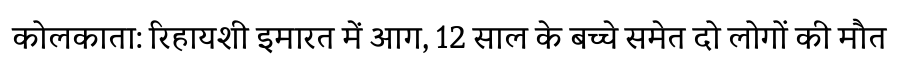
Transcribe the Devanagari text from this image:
कोलकाता: रिहायशी इमारत में आग, 12 साल के बच्चे समेत दो लोगों की मौत